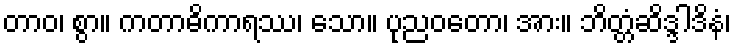
တာဝ၊ စွာ။ ကတာဓိကာရဿ၊ သော။ ပုညဝတော၊ အား။ ဘိတ္တံဆိဒ္ဒါဒိနံ၊